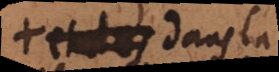
et des dans la